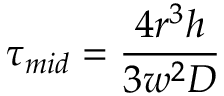
\tau _ { m i d } = \frac { 4 r ^ { 3 } h } { 3 w ^ { 2 } D }